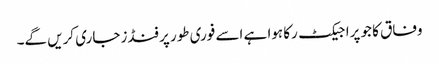
وفاق کا جو پراجیکٹ رکا ہوا ہے اسے فوری طور پر فنڈز جاری کریں گے۔